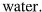
water.